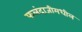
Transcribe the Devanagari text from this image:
फलंदाजीमधील